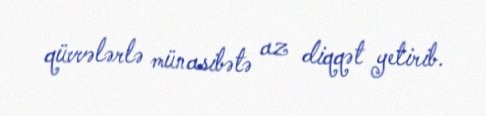
qüvvələrlə münasibətə az diqqət yetirib.